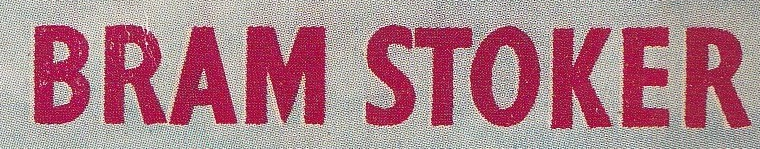
BRAM STOKER